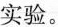
实验